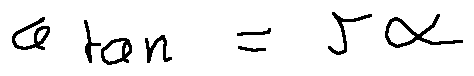
a _ { t a n } = r \alpha